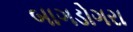
બાગડોગરા